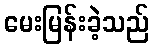
မေးမြန်းခဲ့သည်